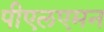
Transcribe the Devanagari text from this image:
पीएलएमन